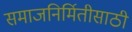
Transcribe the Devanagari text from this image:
समाजनिर्मितीसाठी